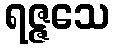
ရဇ္ဇသေ